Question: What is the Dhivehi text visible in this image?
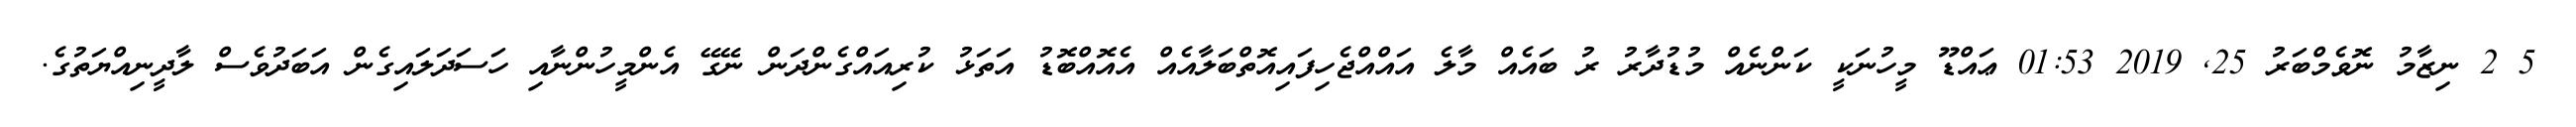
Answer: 5 2 ނިޒާމު ނޮވެމްބަރު 25, 2019 01:53 ޢައްޑޫ މީހުނަކީ ކަންނެއް މުޑުދާރު ރު ބައެއް މާލެ އައްއްޖެހިފައިއޮތްބަލާއެއް އެއޮއްބޮޑު އަތަޅު ކުރިއައްގެންދަން ނޭގޭ އެންމީހުންނާއި ހަސަދަލައިގެން އަބަދުވެސް ލާދީނިއްޔަތުގެ.